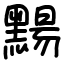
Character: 䵮